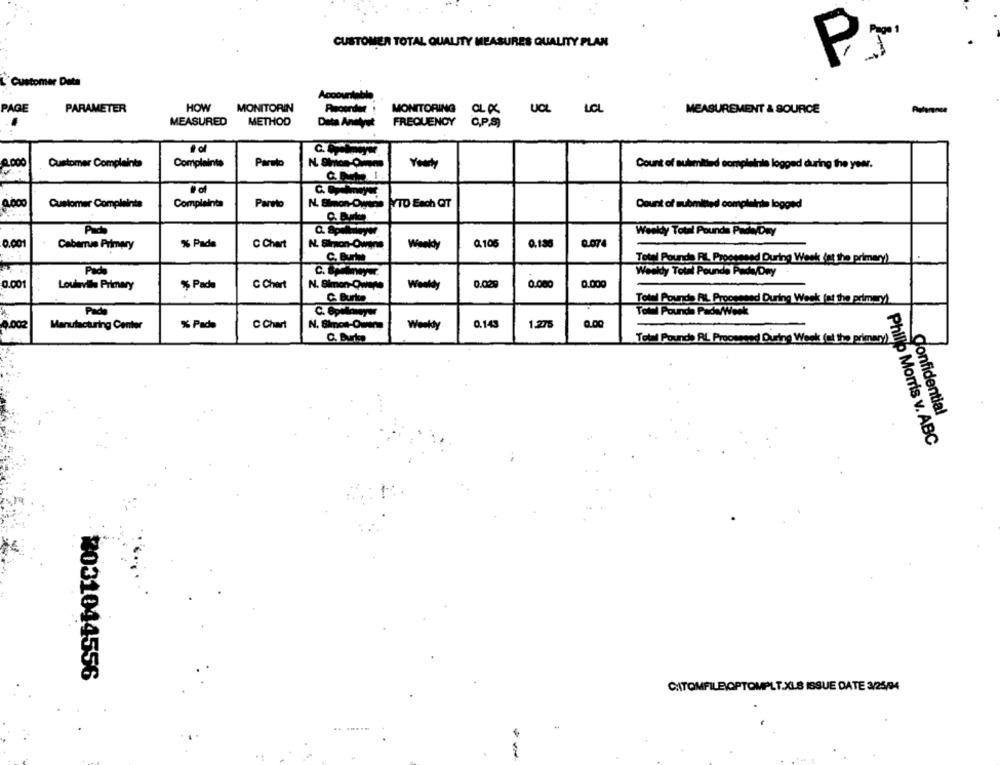
CUSTOMER TOTAL QUALITY MEASURES QUALITY PLAN
PJ
Customer Data
Accountable
HOW
MONITORIN
MONITORING
PAGE
PARAMETER
OLX
UCL LCL
MEASUREMENT & SOURCE
MEASURED
METHOD
FREQUENCY
C.P.S)
..
Data Andyet
Customer Complaints
Complaints
Pareto
Yourdy
Count of submitted complainis logged during the year.
0,000
Customer Complaints
Complaints
Pareto
N. Blmon-Owens
ATO Each QT
Count of submitted complaints logged
Wowkdy Total Pounds Pads/Day
0.001
Cabarrus Primary
% Pads
C Chart
N. Simnon-Owins
Weekly
Q.105
0,136
0.07
C. Burte.
Totel Pounds RL Proosesed During Week (at the primary)
Pado
Weekly Total Pounds Pads/Dry
0.001
0.029
Loulavila Primary
% Pade
C Chart
N. Simon-Owens
Weeldy
0.000
0.000
C. Burken
Total Pounds ALL Processed During Week (at the primary)
Pada
Toww Pounds PowWerkt
0.002
Manufacturing Center
% Pads
C Chart
Weekdy
0.143
1.275
Total Pounds RL Proosesad During Week (at th
C. Burke
mary)
Confidential
Philip Morris v. ABC
2031044556
CHITOMFILE(OPTOMPLT.XLS ISSUE DATE 3/25/94
.. .